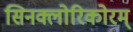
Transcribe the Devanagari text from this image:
सिनक्लोरिकोरम्